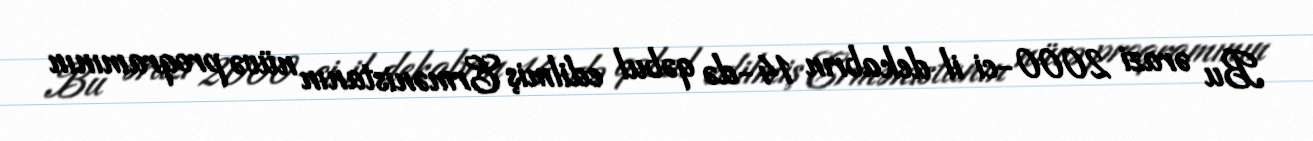
Bu ərazi 2000-ci il dekabrın 14-də qəbul edilmiş Ermənistanın nüvə proqramının